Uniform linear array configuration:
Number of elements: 48
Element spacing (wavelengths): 0.25
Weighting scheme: blackman
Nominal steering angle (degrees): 60
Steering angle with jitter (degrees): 59.278
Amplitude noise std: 0.05
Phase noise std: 0.05

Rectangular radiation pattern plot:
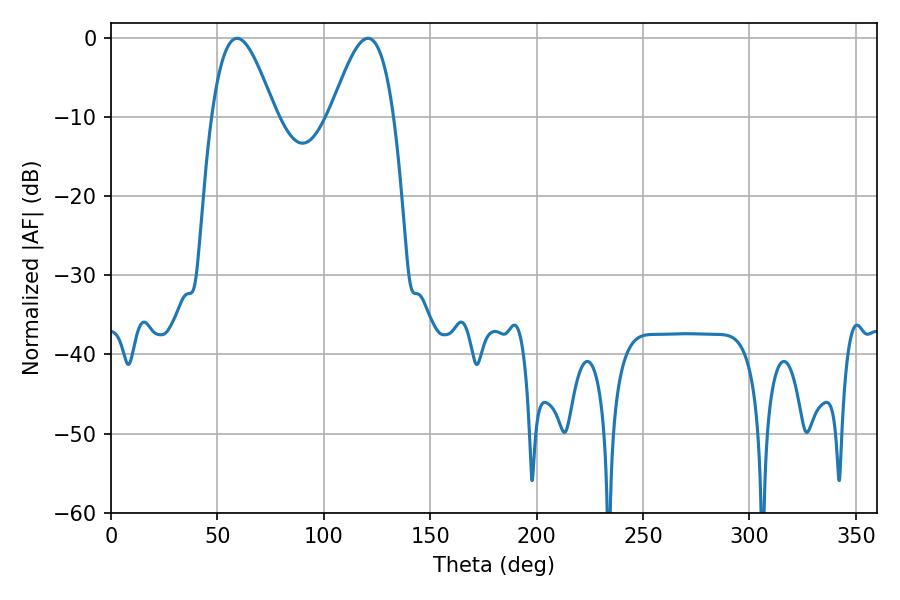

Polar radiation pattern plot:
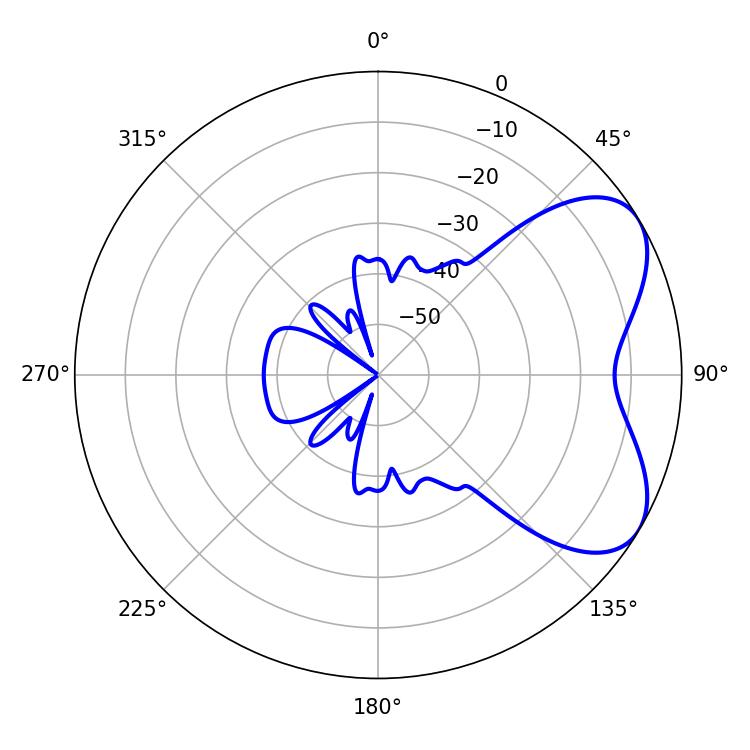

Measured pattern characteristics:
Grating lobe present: FALSE
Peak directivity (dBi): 5.616
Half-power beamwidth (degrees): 16.02
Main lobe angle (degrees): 59.22